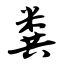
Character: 粪